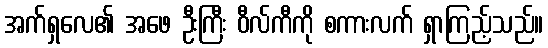
အက်ရှလေ၏ အဖေ ဦးကြီး ဝီလ်ကီကို စကားလက် ရှာကြည့်သည်။